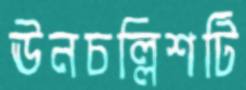
ঊনচল্লিশটি